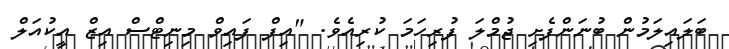
ބަލައިލަމުން ބުނަންފެށި ޖުމްލަ ފުރިހަމަ ކުރިއެވެ. "އިފް ފައިވް މިނިޓްސް އިޒް އީކުއަލް